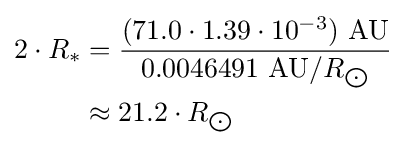
{\begin{aligned}2\cdot R_{*}&={\frac {(71.0\cdot 1.39\cdot 10^{-3})\ {\text{AU}}}{0.0046491\ {\text{AU}}/R_{\bigodot }}}\\&\approx 21.2\cdot R_{\bigodot }\end{aligned}}